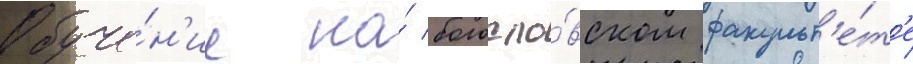
Обуче́н'ие на́ богосло́вском факульт'е́т'е